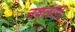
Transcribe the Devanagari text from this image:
नवलालू